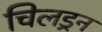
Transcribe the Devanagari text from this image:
चिलड्रन